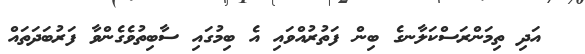
އަދި ތިމަންރަސްކަލާނގެ ބިން ފަތުރުއްވައި އެ ބިމުގައި ސާބިތުވެގެންވާ ފަރުބަދަތައް